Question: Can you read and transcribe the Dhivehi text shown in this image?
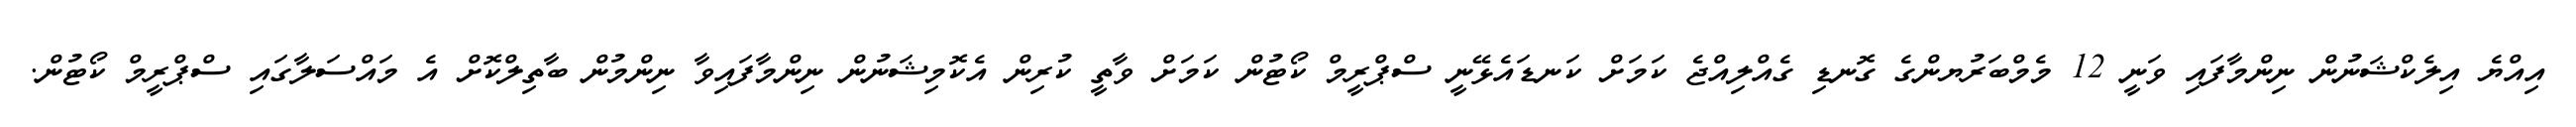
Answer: އިއްޔެ އިލެކްޝަނުން ނިންމާފައި ވަނީ 12 މެމްބަރުޔންގެ ގޮނޑި ގެއްލިއްޖެ ކަމަށް ކަނޑައެޅޭނީ ސްޕްރީމް ކޯޓުން ކަމަށް ވާތީ ކުރިން އެކޮމިޝަނުން ނިންމާފައިވާ ނިންމުން ބާތިލްކޮށް އެ މައްސަލާގައި ސްޕްރީމް ކޯޓުން.